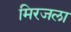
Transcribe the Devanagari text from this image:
मिरजला